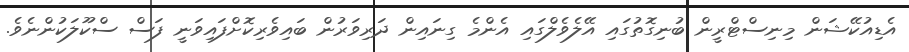
އެޑިއުކޭޝަން މިނިސްޓްރީން ބުނިގޮތުގައި އޭލެވެލްގައި އެންމެ ގިނައިން ދަރިވަރުން ބައިވެރިކޮށްފައިވަނީ ފަސް ސްކޫލަކުންނެވެ.